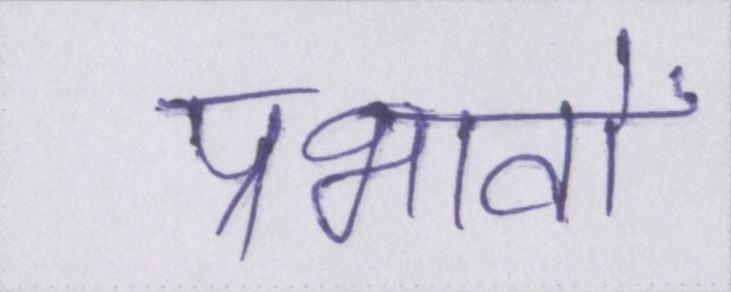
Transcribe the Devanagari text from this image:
प्रभावों